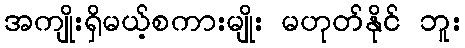
အကျိုးရှိမယ့်စကားမျိုး မဟုတ်နိုင် ဘူး